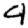
Digit: 4